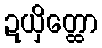
ဍယှိတ္ထော